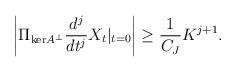
LaTeX: \begin{align*} \left|\Pi_{\mathrm{ker} A^\perp} \frac{d^j}{dt^j} X_t |_{t = 0}\right| \geq \frac{1}{C_J} K^{j+1}. \end{align*}